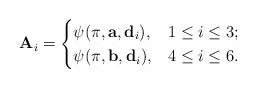
LaTeX: \begin{align*}\mathbf{A}_{i}=\begin{cases}\psi(\pi,\mathbf{a},\mathbf{d}_{i}), & 1\leq i\leq 3;\\\psi(\pi,\mathbf{b},\mathbf{d}_{i}), & 4\leq i\leq 6.\end{cases}\end{align*}